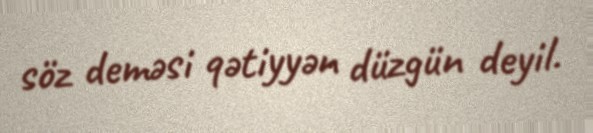
söz deməsi qətiyyən düzgün deyil.